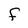
Character: f